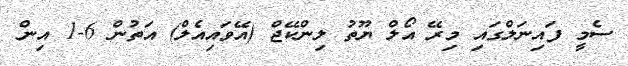
ސެމީ ފައިނަލްގައި މިރޭ އޯލް ޔޫތު ލިންކޭޖް (އޭވައިއެލް) އަތުން 6-1 އިން